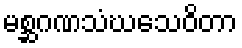
မစ္ဆဂဏသံဃသေဝိတာ